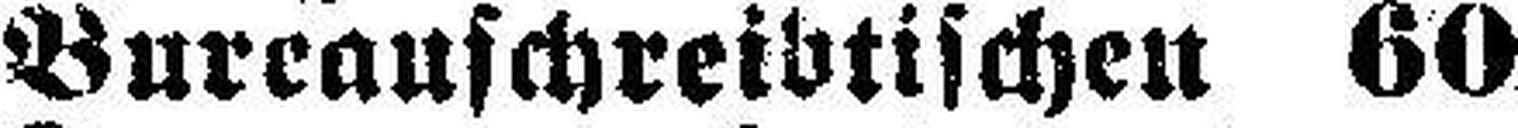
Bureauschreibtischen 60